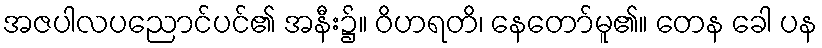
အဇပါလပညောင်ပင်၏ အနီး၌။ ဝိဟရတိ၊ နေတော်မူ၏။ တေန ခေါ ပန